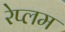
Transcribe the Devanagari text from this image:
रेप्लम